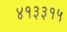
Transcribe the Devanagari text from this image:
४१३३१५